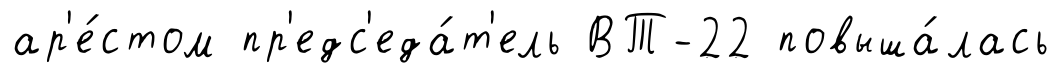
ар'е́стом пр'едс'еда́т'ель ВТ-22 повыша́лась